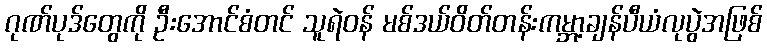
ဂုဏ်ပုဒ်တွေကို ဦးအောင်စံတင် သူရဲဝန် မစ်ဒယ်ဝိတ်တန်းကမ္ဘာ့ချန်ပီယံလုပွဲအဖြစ်